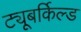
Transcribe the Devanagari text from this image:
ट्यूबर्किल्ड